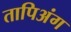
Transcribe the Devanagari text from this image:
तापिअंग